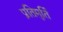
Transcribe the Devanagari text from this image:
प्रतिमुर्ति